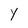
Character: Y